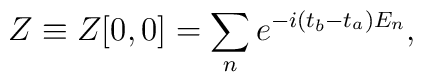
Z\equiv Z[0,0]=\sum_n e^{-i(t_b-t_a) E_n},